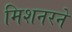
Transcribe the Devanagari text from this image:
मिशनरने